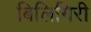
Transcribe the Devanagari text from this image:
बिलिगिरी